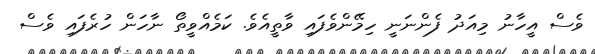
ވެސް އީހާނު މިއަދު ފެންނަނީ ހިމޭންވެފައި ވާތީއެވެ. ކަމެއްވީތޯ ނާހަން ހުރެފައި ވެސް